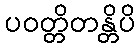
ပဝတ္တိတန္တိပိ